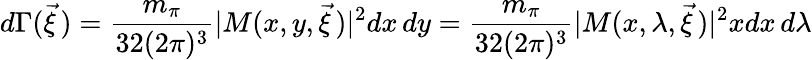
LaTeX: d\Gamma(\vec{\xi}\, )=\frac{m_{\pi}}{32(2\pi)^{3}}|M(x,y,\vec{\xi}\, )|^{2}dx\, dy=\frac{m_{\pi}}{32(2\pi)^{3}}|M(x,\lambda,\vec{\xi}\, )|^{2}xdx\, d\lambda